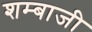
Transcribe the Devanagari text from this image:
शम्बाजी